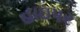
હાઇપર